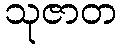
သုဇာတ